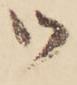
御